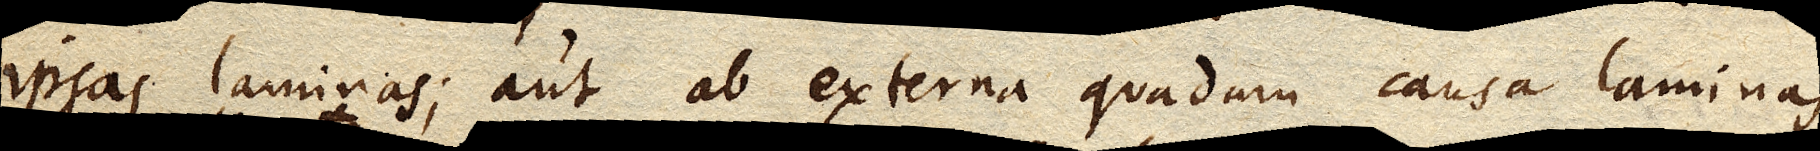
ipsas laminas; aut ab externa quadam causa laminas